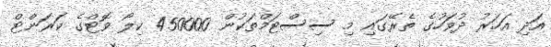
އަދި އަހަރު ދުވަހުގެ ތެރޭގައި މި ސިސްޓަމްތަކުން 450000 ކިލޯ ވޮޓްގެ ކަރަންޓް